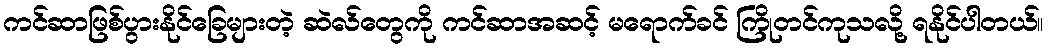
ကင်ဆာဖြစ်ပွားနိုင်ခြေများတဲ့ ဆဲလ်တွေကို ကင်ဆာအဆင့် မရောက်ခင် ကြိုတင်ကုသလို့ ရနိုင်ပါတယ်။